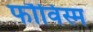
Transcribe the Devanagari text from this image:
फौविस्म